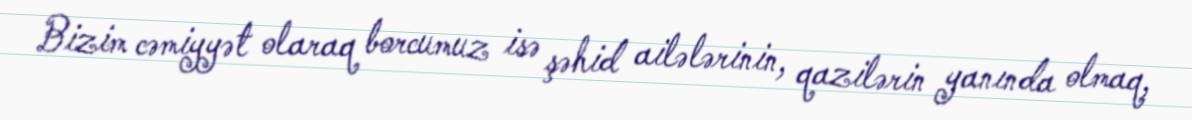
Bizim cəmiyyət olaraq borcumuz isə şəhid ailələrinin, qazilərin yanında olmaq,